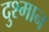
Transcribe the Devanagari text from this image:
दुश्मान